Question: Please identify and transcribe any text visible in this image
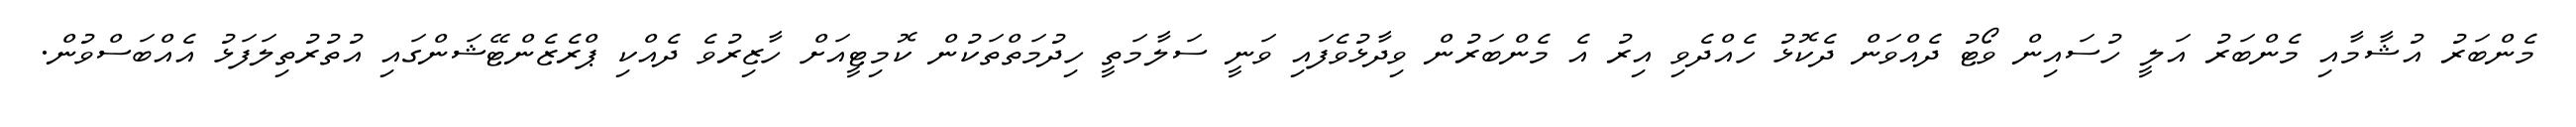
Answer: މެންބަރު އުޝާމާއި މެންބަރު އަލީ ހުސައިން ވޯޓު ދެއްވަން ދެކޮޅު ހެއްދެވި އިރު އެ މެންބަރުން ވިދާޅުވެފައި ވަނީ ސަލާމަތީ ހިދުމަތްތަކުން ކޮމިޓީއަށް ހާޒިރުވެ ދެއްކި ޕްރެޒެންޓޭޝަންގައި އުތުރުތިލަފަޅު އެއްބަސްވުން.